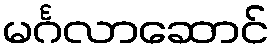
မင်္ဂလာဆောင်